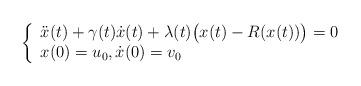
LaTeX: \begin{align*}\left\{\begin{array}{ll}\ddot x(t) + \gamma(t) \dot x(t) + \lambda(t)\big(x(t)-R(x(t))\big)=0\\x(0)=u_0, \dot x(0)=v_0\end{array}\right.\end{align*}